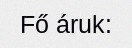
Fő áruk: